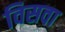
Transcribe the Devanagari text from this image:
विसवा